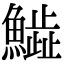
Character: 𩻩